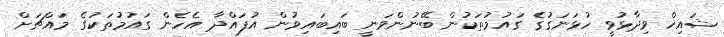
ޝައިޚް ވިދާޅުވީ ހުޅަނަގުގެ ގައުމުތަކުން ބޭނުންވަނީ ބައިބައިވުން އުފައްދާ އެހެން ގައުމުތަކުގެ މައްޗަށް